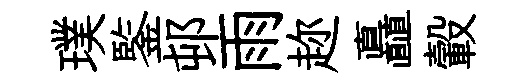
璞鍳邨雨趂矗轂